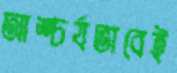
আশ্চর্যভাবেই